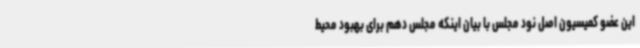
این عضو کمیسیون اصل نود مجلس با بیان اینکه مجلس دهم برای بهبود محیط